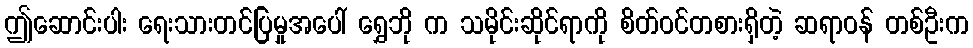
ဤဆောင်းပါး ရေးသားတင်ပြမှုအပေါ် ရွှေဘို က သမိုင်းဆိုင်ရာကို စိတ်ဝင်တစားရှိတဲ့ ဆရာဝန် တစ်ဦးက